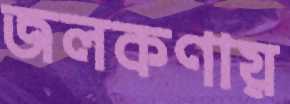
জলকণায়